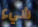
شيء